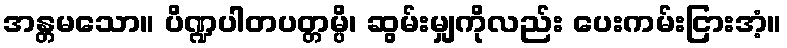
အန္တမသော။ ပိဏ္ဍပါတပတ္တမ္ပိ၊ ဆွမ်းမျှကိုလည်း ပေးကမ်းငြားအံ့။